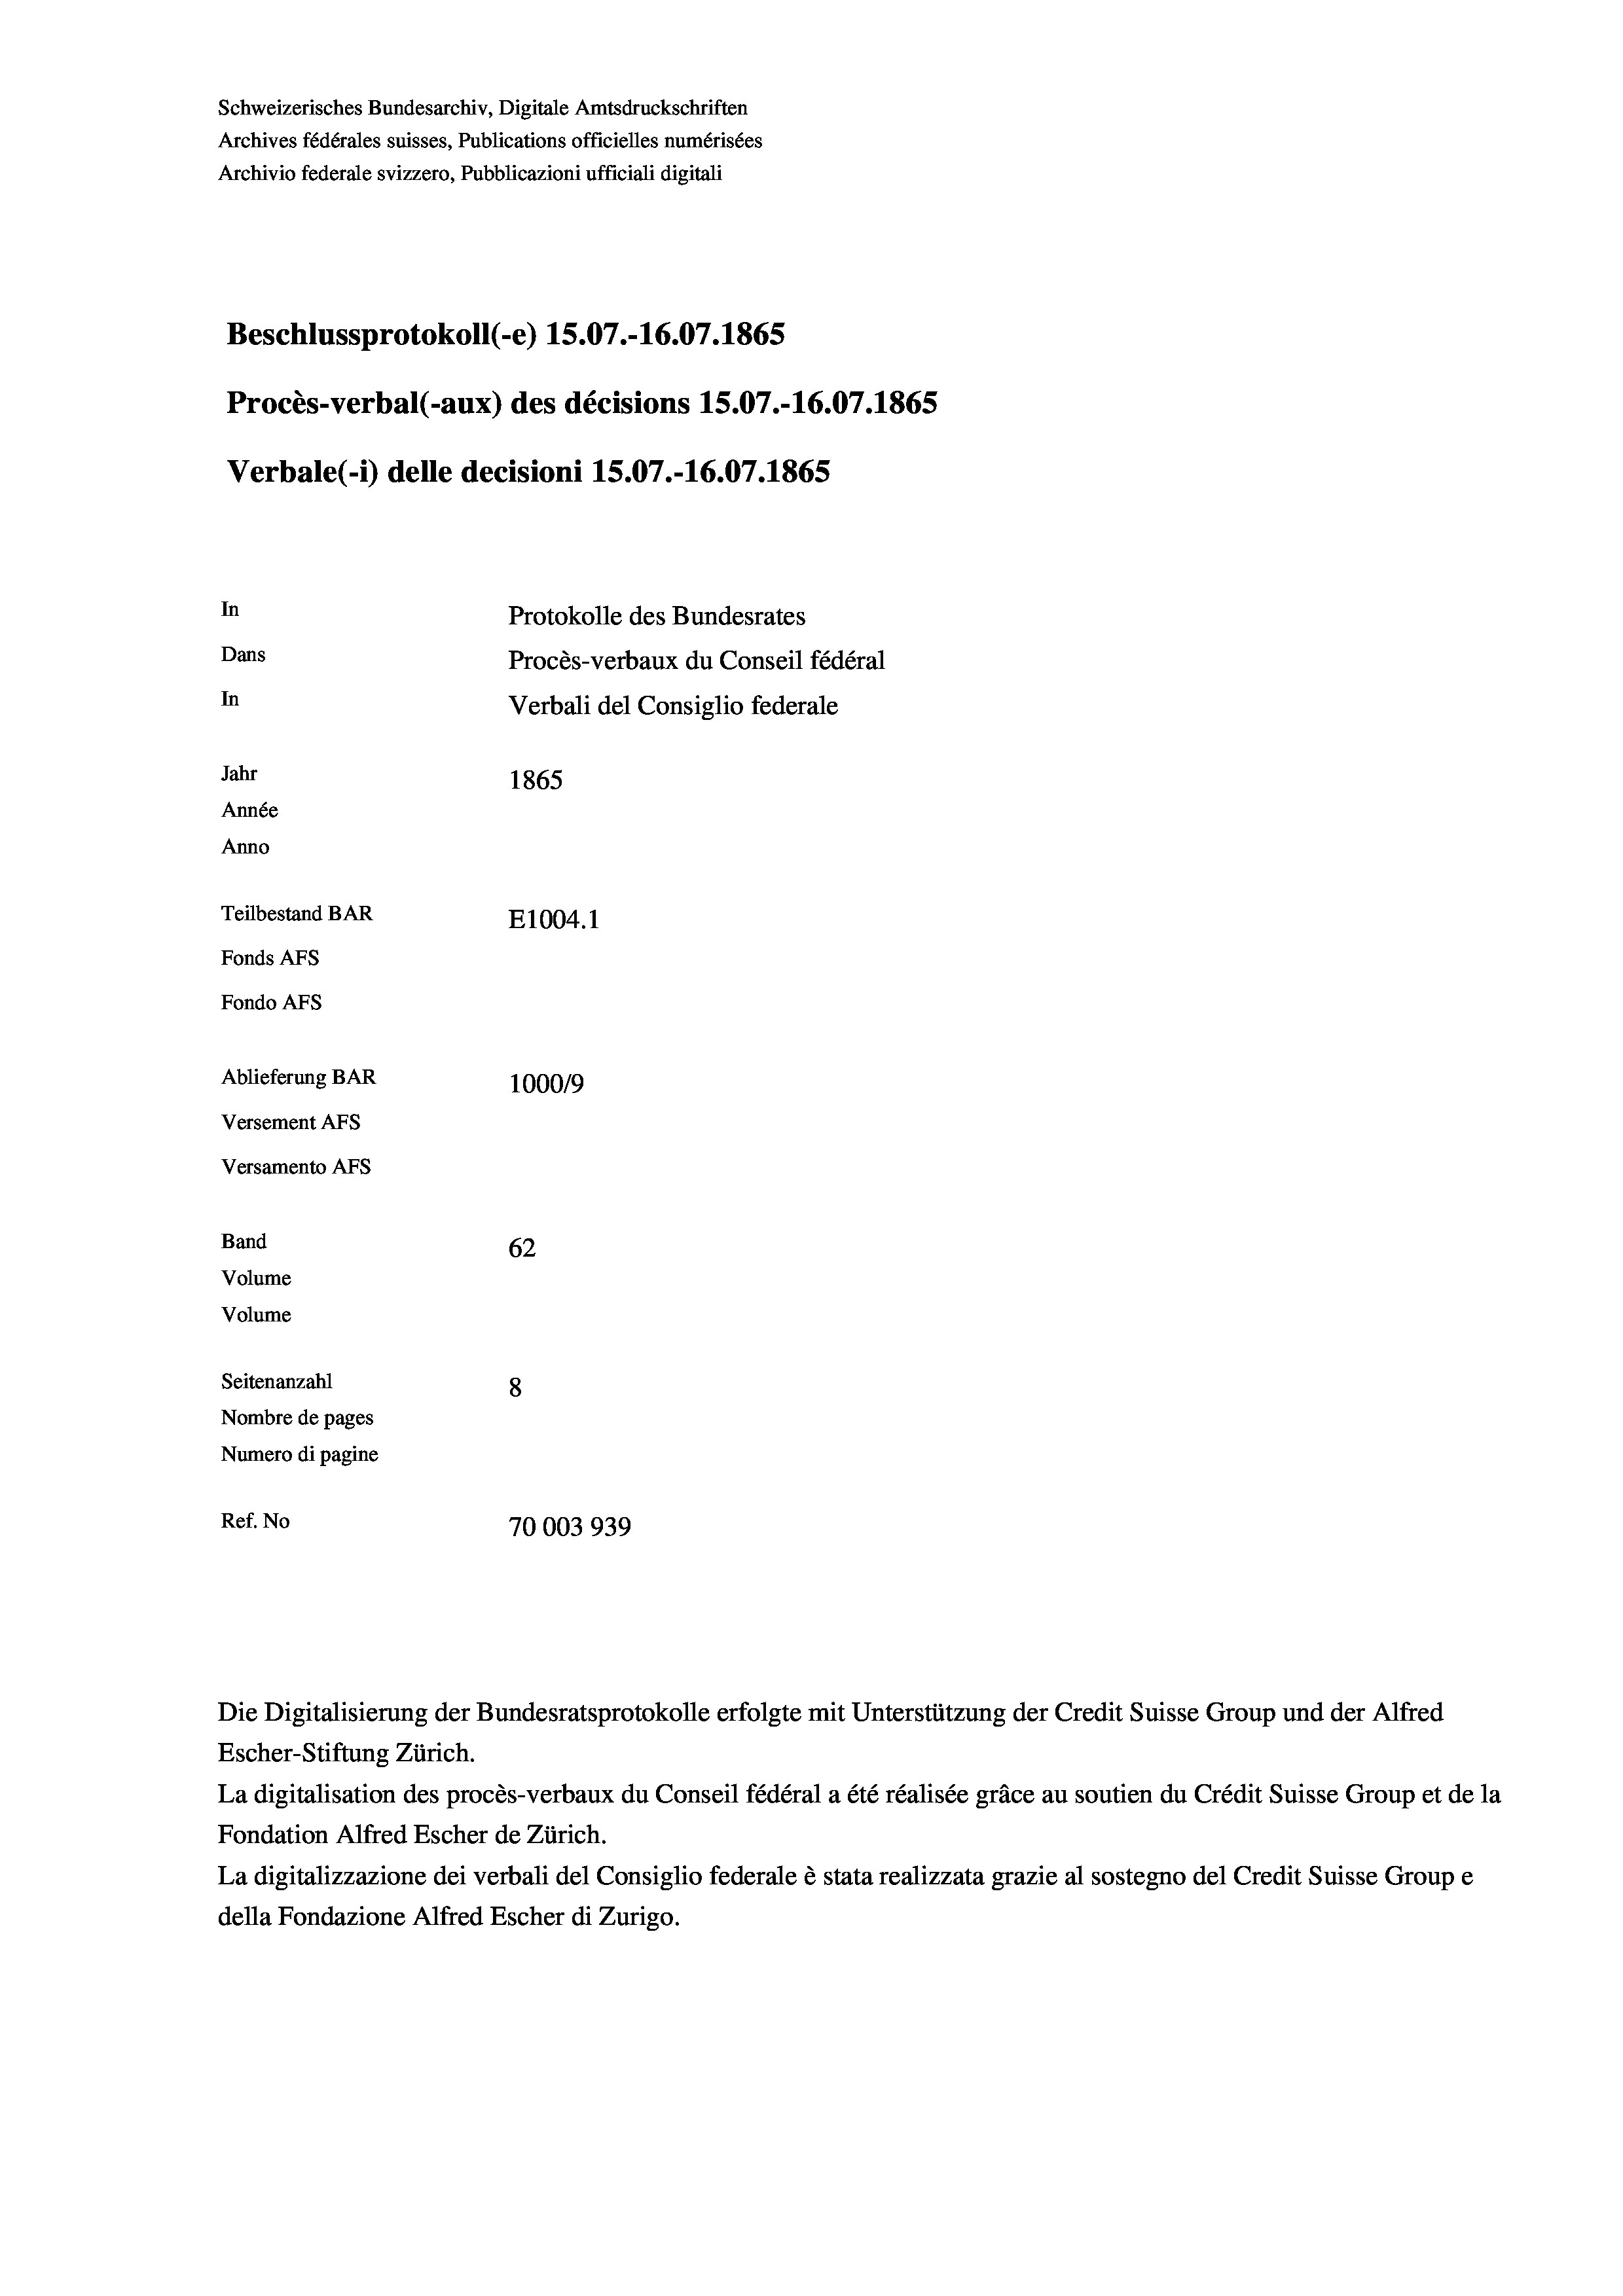
Schweizerisches Bundesarchiv, Digitale Amtsdruckschriften
Archives fédérales suisses, Publications officielles numérisées
Archivio federale svizzero, Pubblicazioni ufficiali digitali
Beschlussprotokoll (-e) 15.07.-16.07. 1865
Procès-verbal (-aux) des décisions 15.07.-16.07. 1865
Verbale(*) delle decisioni 15.07.-16.07. 1865
In
Protokolle des Bundesrates
Dans
Procès-verbaux du Conseil fédéral
In
Verbali del Consiglio federale
Jahr
1865
Année
Anno
Teilbestand BAR
E1004.1
Fonds AFs
Fondo AFS
Ablieferung BAR
100019
Versement AFs
Versamento AFs
Band
62
Volume
Volume
Seitenanzahl
8
Nombre de pages
Numero di pagine
Ref. No
70003939

Escher-Stiftung Zürich.
La digitalisation des procès-verbaux du Conseil fédéral a été réalisée gräce au soutien du Crédit Suisse Group et de la
Fondation Alfred Escher de Zürich.
La digitalizzazione dei verbali del Consiglio federale è stata realizzata grazie al sostegno del Credit Suisse Groupe
della Fondazione Alfred Escher di Zurigo.

Die Digitalisierung der Bundesratsprotokolle erfolgte mit Unterstützung der Credit Suisse Group und der Alfred